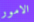
الامور